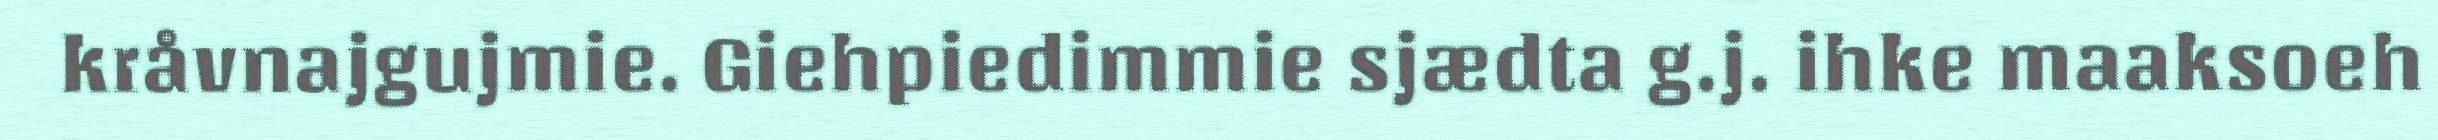
kråvnajgujmie. Giehpiedimmie sjædta g.j. ihke maaksoeh